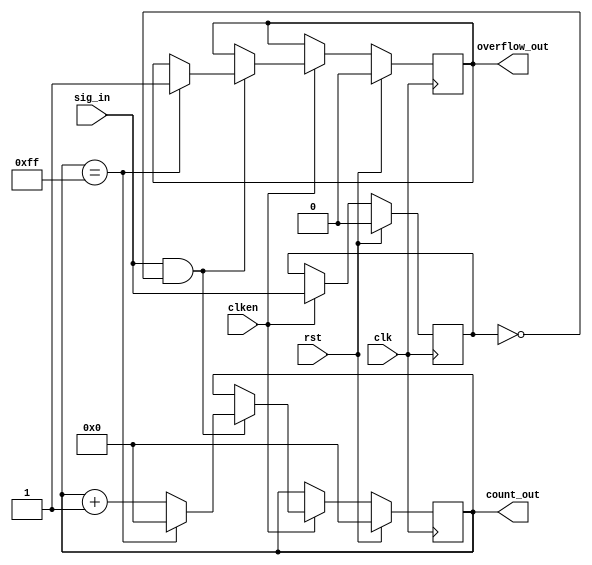
`timescale 1ns / 1ps
//////////////////////////////////////////////////////////////////////////////////
// Company: 
// Engineer: 
// 
// Design Name: 
// Module Name:    counter_nbit_sync 
// Project Name: 
// Target Devices: 
// Tool versions: 
// Description: This is a single synchronised peak counter with a width defined using the
// overridable parameter 'CNTR_WIDTH' with a default value of 8. overflow_out is pulled up
// when an overflow occurs.

//
// Dependencies: 
//
// Revision: 
// Revision 0.01 - File Created
// Additional Comments: 
//
//////////////////////////////////////////////////////////////////////////////////
module counter_nbit_sync #(parameter CNTR_WIDTH = 8) (
  // Inputs
  input clk,
  input rst,
  input clken,
  input sig_in,
  // Outputs
  output overflow_out,
  output [CNTR_WIDTH-1:0] count_out
	);

// Local Parameter Declarations
localparam MAXCOUNT = 2**CNTR_WIDTH - 1;

// Variable Declarations
reg sig_in_ff;
reg [CNTR_WIDTH-1:0]counter_reg;
reg overflow_ff;
wire sig_in_posedge;

// Continuous Assignments
assign sig_in_posedge = sig_in & (~sig_in_ff); // Peak detection
assign overflow_out = overflow_ff;
assign count_out = counter_reg;

// Signal register instance (for peak detection)
always@(posedge clk)
begin
  if(rst)
    sig_in_ff <= 1'b0;
  else if (clken)
    sig_in_ff <= sig_in;
end

// Counter Sequential Block
always@(posedge clk)
begin
  if(rst)
  begin
    counter_reg[CNTR_WIDTH-1:0] <= {CNTR_WIDTH{1'b0}};
    overflow_ff <= 1'b0;
  end
  else if(clken)
  begin
    if(sig_in_posedge)
    begin
      if(counter_reg == MAXCOUNT)
      begin
        counter_reg[CNTR_WIDTH-1:0] <= {CNTR_WIDTH{1'b0}};
        overflow_ff <= 1'b1;
      end
      else
        counter_reg <= counter_reg + 1;
    end
  end
end


endmodule